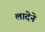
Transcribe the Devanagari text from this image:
लादेने